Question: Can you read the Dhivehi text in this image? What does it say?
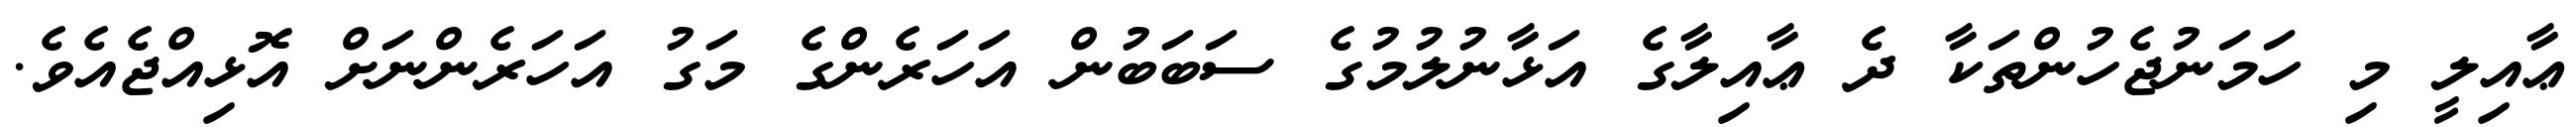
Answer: ޢާއިލީ މި ހަމަނުޖެހުންތަކާ ދެ ޢާއިލާގެ އަޅާނުލުމުގެ ސަބަބުން އަހަރެންގެ މަގު އަހަރެންނަށް އޮޅިއްޖެއެވެ.